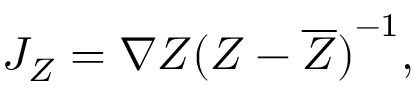
{ \cal J } _ { Z } = \nabla Z { ( Z - \overline { { { Z } } } ) } ^ { - 1 } ,